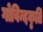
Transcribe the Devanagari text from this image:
गोविन्दकृति